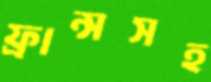
ফ্রান্সসহ